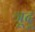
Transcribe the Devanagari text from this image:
त्रूदू